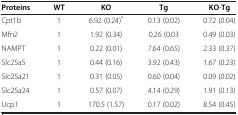
| Proteins | WT | KO | Tg | KO-Tg |
 | --- | --- | --- | --- | --- |
 | Cpt1b | 1 | 6.92 (0.24)* | 0.13 (0.02) | 0.72 (0.04) |
 | Mfn2 | 1 | 1.92 (0.34) | 0.26 (0.03 | 0.49 (0.03) |
 | NAMPT | 1 | 0.22 (0.01) | 7.64 (0.65) | 2.33 (0.37) |
 | Slc25a5 | 1 | 0.44 (0.16) | 3.92 (0.43) | 1.67 (0.23) |
 | Slc25a21 | 1 | 0.31 (0.05) | 0.60 (0.04) | 0.09 (0.02) |
 | Slc25a24 | 1 | 0.57 (0.07) | 4.14 (0.29) | 1.91 (0.13) |
 | Ucp1 | 1 | 170.5 (1.57) | 0.17 (0.02) | 8.54 (0.45) |